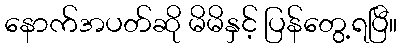
နောက်အပတ်ဆို မိမိနှင့် ပြန်တွေ့ရပြီ။